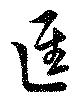
逕